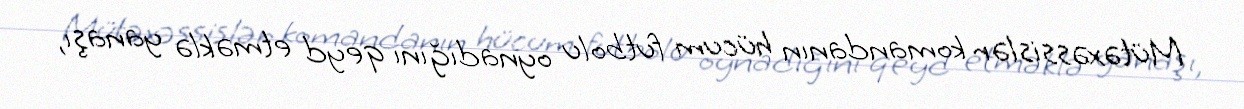
Mütəxəssislər komandanın hücum futbolu oynadığını qeyd etməklə yanaşı,